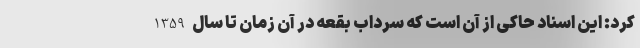
کرد: این اسناد حاکی از آن است که سرداب بقعه در آن زمان تا سال 1359